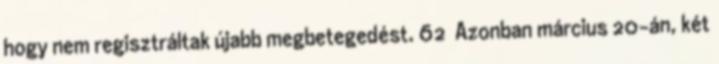
hogy nem regisztráltak újabb megbetegedést. 62 Azonban március 20-án, két